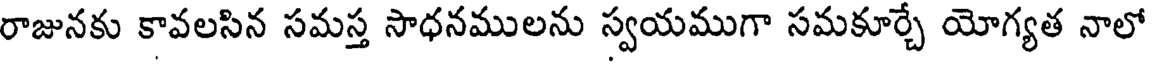
రాజునకు కావలసిన సమస్త సాధనములను స్వయముగా సమకూర్చే యోగ్యత నాలో